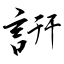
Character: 詽